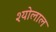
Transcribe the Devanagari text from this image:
श्योलाल